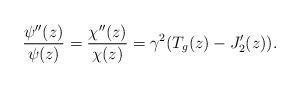
LaTeX: \begin{align*}\frac{\psi''(z)}{\psi(z)}=\frac{\chi''(z)}{\chi(z)}=\gamma^2 (T_g(z)-J_2'(z)).\end{align*}